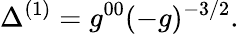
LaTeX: \Delta^{(1)}=g^{00}(-g)^{-3/2}.